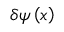
\delta \psi \left( x \right)